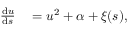
\begin{array} { r l } { \frac { \mathrm { d } u } { \mathrm { d } s } } & { { } = u ^ { 2 } + \alpha + \xi ( s ) , } \end{array}